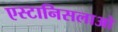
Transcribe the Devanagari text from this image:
एस्टानिसलाओ